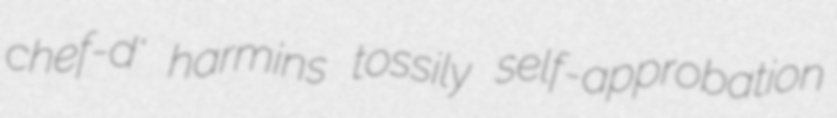
chef-d' harmins tossily self-approbation